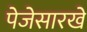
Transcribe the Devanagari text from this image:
पेजेसारखे